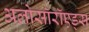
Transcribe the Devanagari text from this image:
अलोसॉरॉएड्स